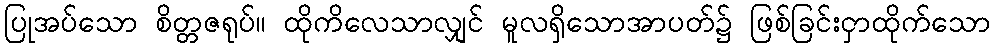
ပြုအပ်သော စိတ္တဇရုပ်။ ထိုကိလေသာလျှင် မူလရှိသောအာပတ်၌ ဖြစ်ခြင်းငှာထိုက်သော